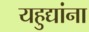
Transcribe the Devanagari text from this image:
यहुद्यांना